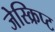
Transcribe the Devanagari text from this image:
जेस्क्रिप्ट